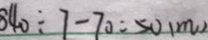
8 4 0 \div 7 - 7 0 = 5 0 ( m )